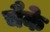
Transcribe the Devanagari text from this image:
चैके